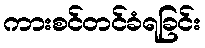
ကားစင်တင်ခံရခြင်း